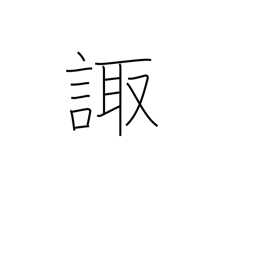
Meaning: consult